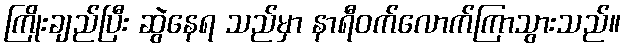
ကြိုးချည်ပြီး ဆွဲနေရ သည်မှာ နာရီဝက်လောက်ကြာသွားသည်။